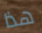
هذا